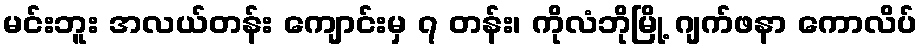
မင်းဘူး အလယ်တန်း ကျောင်းမှ ၇ တန်း၊ ကိုလံဘိုမြို့ ဂျက်ဖနာ ကောလိပ်